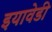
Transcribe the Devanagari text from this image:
इयावेडी